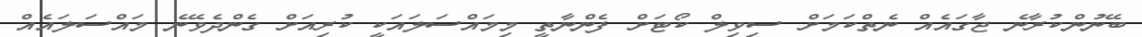
ބޭނުންކުރާނެ ޖާގައެއް ނެތްކަމަށް ސިވިލް ކޯޓަށް ފެންނާތީ މިމައްސަލައަކީ ކުރިއަށް ގެންދެވޭނެ މައްސަލައެއް